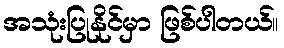
အသုံးပြုနိုင်မှာ ဖြစ်ပါတယ်။